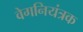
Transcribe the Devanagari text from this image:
वेगनियंत्रक